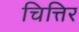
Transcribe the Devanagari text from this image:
चित्तिर